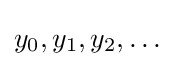
y_{0},y_{1},y_{2},\dotsc